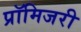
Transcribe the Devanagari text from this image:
प्रॉमिजरी